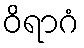
ဝိရာဂံ